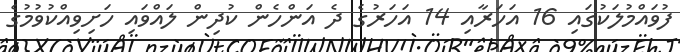
ފުވައްމުލަކުގައި 16 އަަހަރާއި 14 އަހަރުގެ ދެ އަންހެން ކުދިން ލައްވައި ހަށިވިއްކުވުމުގެ